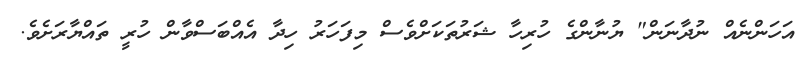
އަހަންނެއް ނުދާނަން" ޔުނާންގެ ހުރިހާ ޝަރުތަކަށްވެސް މިފަހަރު ހިދާ އެއްބަސްވާން ހުރީ ތައްޔާރަށެވެ.